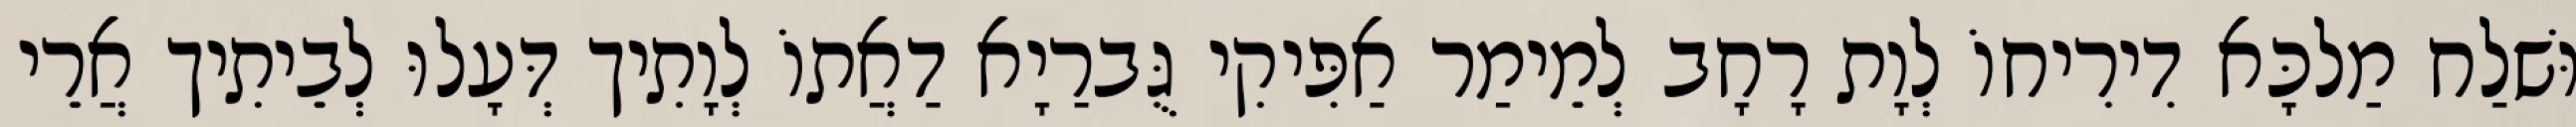
וּשׁלַח מַלכָּא דִירִיחוֹ לְוָת רָחָב לְמֵימַר אַפִּיקִי גֻּברַיָא דַאֲתוֹ לְוָתִיך דְּעָלוּ לְבֵיתִיך אֲרֵי